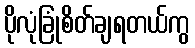
ပိုလုံခြုံစိတ်ချရတယ်ကွ